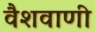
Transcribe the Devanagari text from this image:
वैशवाणी